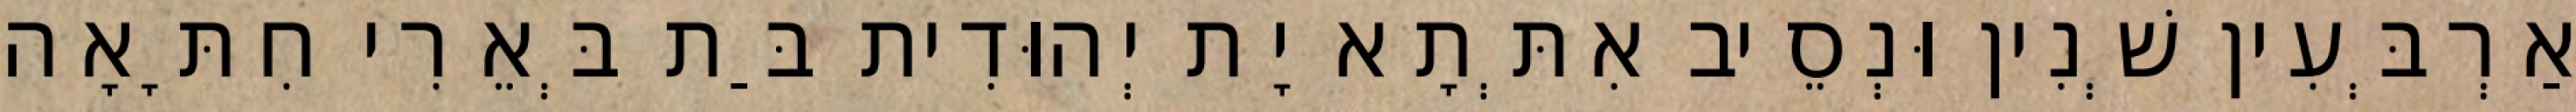
אַרְבְּעִין שְׁנִין וּנְסֵיב אִתְּתָא יָת יְהוּדִית בַּת בְּאֵרִי חִתָּאָה